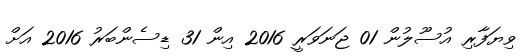
ވިޔަފާރި އުސޫލުން 01 ޖަނަވަރީ 2016 އިން 31 ޑިސެންބަރު 2016 އަށް